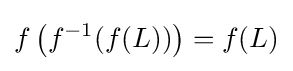
f\left(f^{-1}(f(L))\right)=f(L)